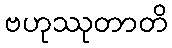
ဗဟုဿုတာတိ